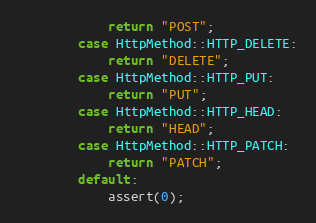
Language: C++
            return "POST";
        case HttpMethod::HTTP_DELETE:
            return "DELETE";
        case HttpMethod::HTTP_PUT:
            return "PUT";
        case HttpMethod::HTTP_HEAD:
            return "HEAD";
        case HttpMethod::HTTP_PATCH:
            return "PATCH";
        default:
            assert(0);